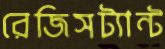
রেজিসট্যান্ট